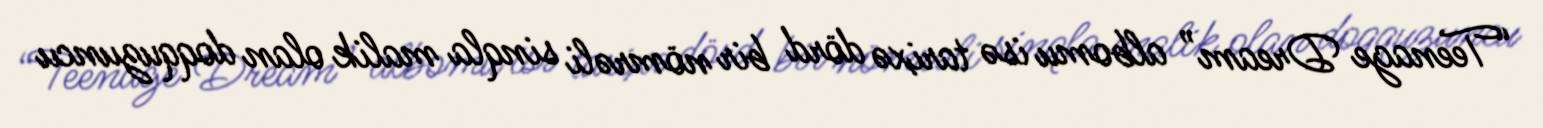
“Teenage Dream” albomu isə tarixə dörd bir nömrəli sinqla malik olan doqquzuncu